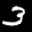
Label: 3